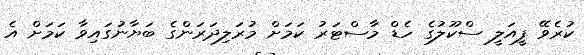
ކުރެވޭ ފީއަލީ ސްކޫލުގެ ހެޑް މާސްޓަރު ކަމަށް މުރަލިދަރަންގެ ބަޔާނުގައިވާ ކަމަށް އެ